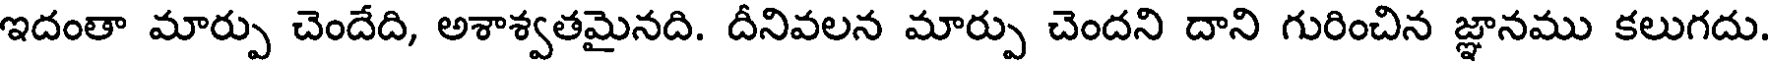
ఇదంతా మార్పు చెందేది, అశాశ్వతమైనది. దీనివలన మార్పు చెందని దాని గురించిన జ్ఞానము కలుగదు.